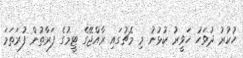
ހުކުރު ދުވަހު ހަވީރު ކުޅުނު މި މެޗުގައި ރާއްޖޭގެ ޓީމުގެ ފަރާތުން ފުރަތަމަ